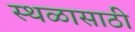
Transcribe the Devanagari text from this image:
स्थळासाठी